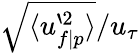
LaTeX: \sqrt{\langle u_{f\mid p}^{`2}\rangle}/u_{\tau}